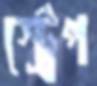
স্ট্রেপ